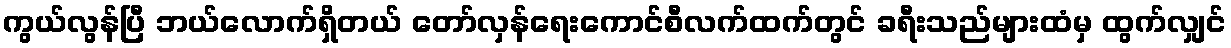
ကွယ်လွန်ပြီ ဘယ်လောက်ရှိတယ် တော်လှန်ရေးကောင်စီလက်ထက်တွင် ခရီးသည်များထံမှ ထွက်လျှင်